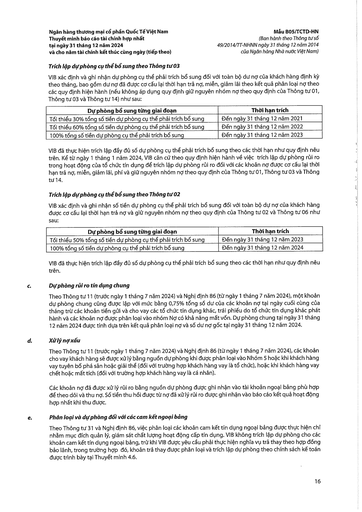
|Dự phòng bổ sung từng giai đoạn|Thời hạn trích| |---|---| |Tối thiểu 30% tổng số tiền dự phòng cụ thể phải trích bổ sung|Đến ngày 31 tháng 12 năm 2021| |Tối thiểu 60% tổng số tiền dự phòng cụ thể phải trích bổ sung|Đến ngày 31 tháng 12 năm 2022| |100% tổng số tiền dự phòng cụ thể phải trích bổ sung|Đến ngày 31 tháng 12 năm 2023| |Dự phòng bổ sung từng giai đoạn|Thời hạn trích| |---|---| |Tối thiểu 50% tổng số tiền dự phòng cụ thể phải trích bổ sung|Đến ngày 31 tháng 12 năm 2023| |100% tổng số tiền dự phòng cụ thể phải trích bổ sung|Đến ngày 31 tháng 12 năm 2024|